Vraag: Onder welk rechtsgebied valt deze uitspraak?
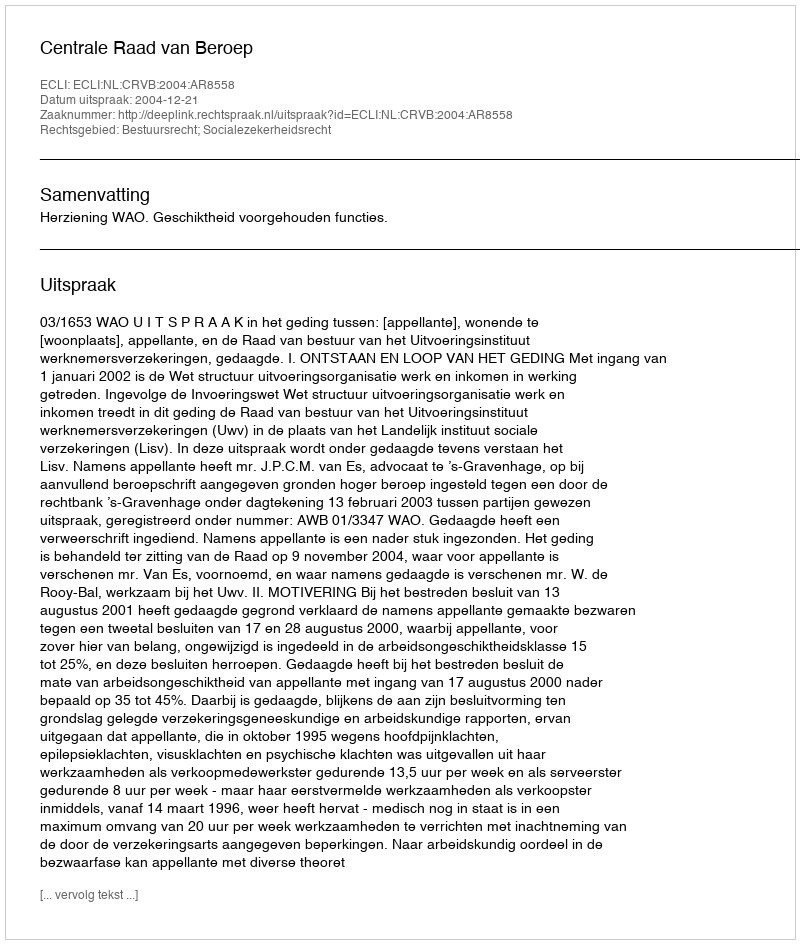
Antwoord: Bestuursrecht; Socialezekerheidsrecht